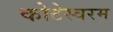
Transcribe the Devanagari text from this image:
कोटेस्वरम